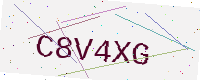
Text: C8V4XG